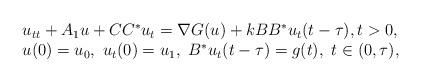
LaTeX: \begin{align*}\begin{array}{l}u_{tt}+A_1u+CC^*u_t=\nabla G(u)+kBB^*u_t(t-\tau),t>0, \\u(0)=u_0,\ u_t(0)=u_1, \ B^*u_t(t-\tau)=g(t),\ t\in (0,\tau),\end{array}\end{align*}